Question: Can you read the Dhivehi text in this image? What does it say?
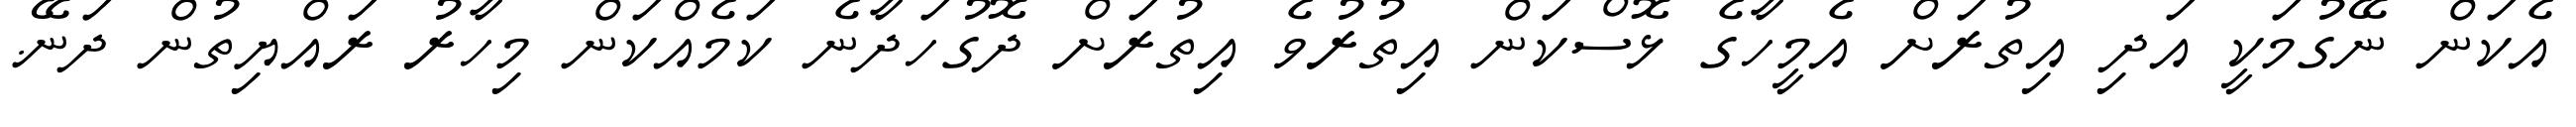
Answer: އެކަން ނޭގުމަކީ އަދި އިތުރަށް އެމީހާގެ ޅޮސްކަން އިތުރުވެ އިތުރަށް ދޮގުހަދާނެ ކަމެއްކަން މިހާރު ރައްޔިތުން ދަނޭ.